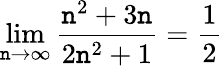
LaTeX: \lim\limits_{\mathtt{n}\rightarrow\infty}\frac{{\mathtt{n}^{2}+3\mathtt{n}}}{{2\mathtt{n}^{2}+1}}=\frac{{1}}{{2}}